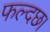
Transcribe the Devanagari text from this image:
फल्दछ।